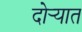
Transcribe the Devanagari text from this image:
दोर्‍यात